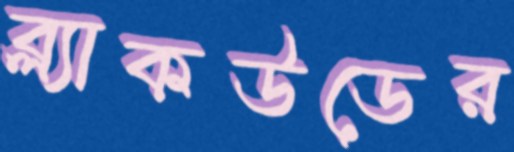
ব্ল্যাকউডের